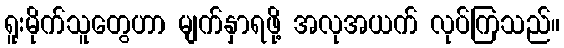
ရူးမိုက်သူတွေဟာ မျက်နှာရဖို့ အလုအယက် လုပ်ကြသည်။